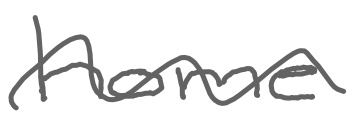
Text: home
Cross-out: wave
Writing tool: digital_gray